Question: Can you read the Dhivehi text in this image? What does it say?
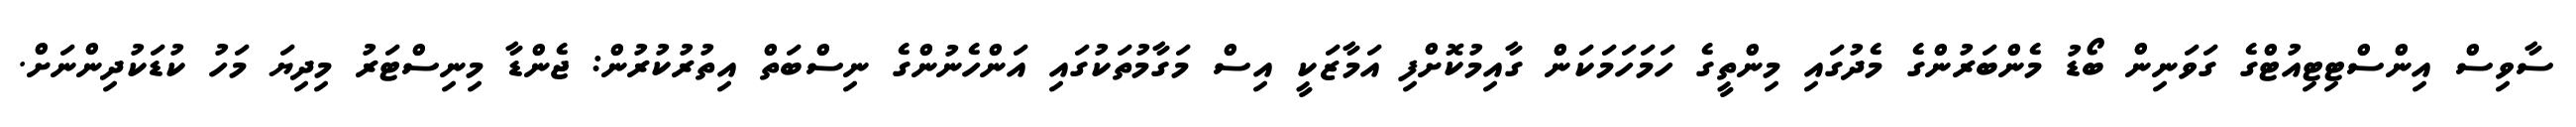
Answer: ސާވިސް އިންސްޓިޓިއުޓްގެ ގަވަނިން ބޯޑު މެންބަރުންގެ މެދުގައި މިންތީގެ ހަމަހަމަކަން ގާއިމުކޮށްފި އަމާޒަކީ އިސް މަގާމުތަކުގައި އަންހެނުންގެ ނިސްބަތް އިތުރުކުރުން: ޖެންޑާ މިނިސްޓަރު މިދިޔަ މަހު ކުޑަކުދިންނަށް.